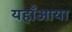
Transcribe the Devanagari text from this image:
यहाँआया